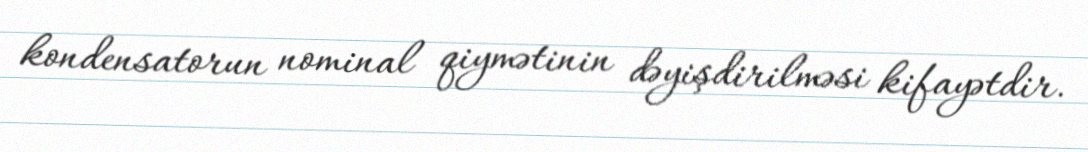
kondensatorun nominal qiymətinin dəyişdirilməsi kifayətdir.